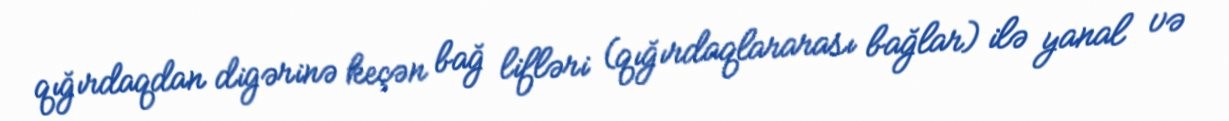
qığırdaqdan digərinə keçən bağ lifləri (qığırdaqlararası bağlar) ilə yanal və